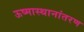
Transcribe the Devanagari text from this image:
ऊष्मास्थानांतरण